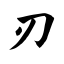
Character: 刃